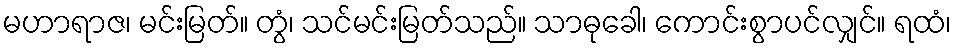
မဟာရာဇ၊ မင်းမြတ်။ တွံ၊ သင်မင်းမြတ်သည်။ သာဓုခေါ၊ ကောင်းစွာပင်လျှင်။ ရထံ၊